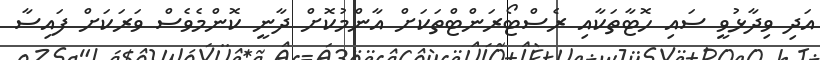
އަދި ވިދާޅުވީ ސައި ހޮޓާތަކާއި ރެސްޓޯރަންޓްތަކަށް އާންމުކޮށް ދާނީ ކޮންމެވެސް ވަރަކަށް ފައިސާ